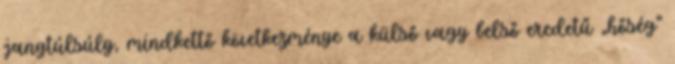
jangtúlsúly, mindkettő következménye a külső vagy belső eredetű „hőség”